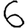
Digit: 6